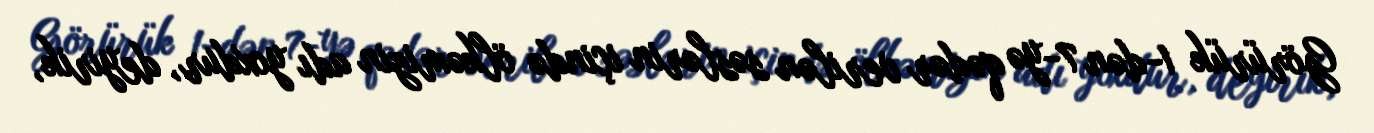
Görürük 1-dən 7-yə qədər verilən səslərin içində ölkəmizin adı yoxdur, deyirik,